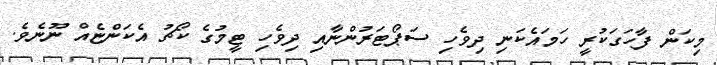
މިކަން ފާހަގަކުރީ ހަމައެކަނި ދިވެހި ސަޕޯޓަރުންނާއި ދިވެހި ޓީމުގެ ކޯޗު އެކަންޏެއް ނޫނެވެ.